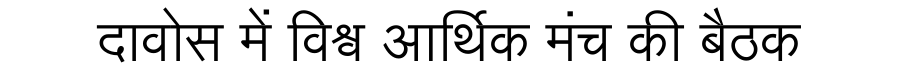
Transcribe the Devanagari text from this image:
दावोस में विश्व आर्थिक मंच की बैठक